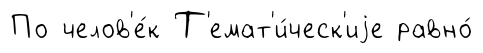
По челов'е́к Т'емат'и́ческ'иjе равно́